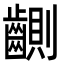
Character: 䶡